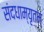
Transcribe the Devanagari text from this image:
संदधाम्यृतम्